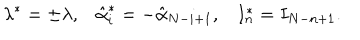
\lambda ^ { * } = \pm \lambda , \hat { \alpha } _ { i } ^ { * } = - \hat { \alpha } _ { N - i + 1 } , I _ { n } ^ { * } = I _ { N - n + 1 } .